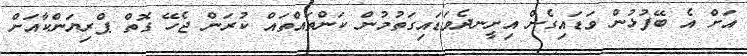
އަށް އެ ބޭފުޅުން ވަޑައިގެން އިށީނދެވަޑައިގަތުމުން ކަންތައްތައް ކުރަން ޖެހޭ ގޮތް ޕްރިޔަންކާއަށް